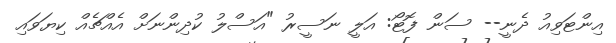
އިންޓަވިއު ދެނީ-- ސަން ފޮޓޯ: އަލީ ނަސީރު "އަސްލު ކުދިންނަށް އެއްޗެއް ކިޔަވައި